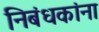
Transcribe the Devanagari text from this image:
निबंधकांना